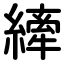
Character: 縴